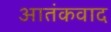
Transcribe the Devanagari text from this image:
अातंकवाद